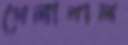
গেলাবাল